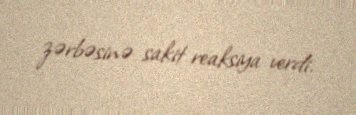
zərbəsinə sakit reaksiya verdi.